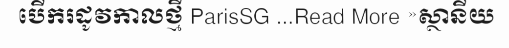
បើករដូវកាលថ្មី ParisSG ...Read More »ស្ថានីយ